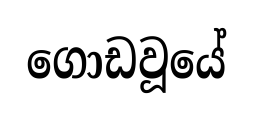
ගොඩවූයේ